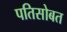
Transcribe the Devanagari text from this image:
पतिसोबत